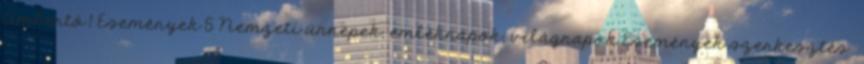
Umbertó 1 Események 5 Nemzeti ünnepek, emléknapok, világnapok Események szerkesztés